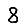
Digit: 8